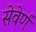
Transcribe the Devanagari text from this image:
सेवेर्ण